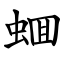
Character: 蜖